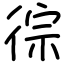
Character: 徖